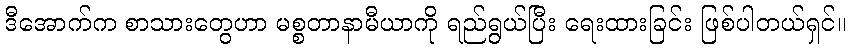
ဒီအောက်က စာသားတွေဟာ မစ္စတာနာမီယာကို ရည်ရွယ်ပြီး ရေးထားခြင်း ဖြစ်ပါတယ်ရှင်။